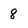
Character: 8